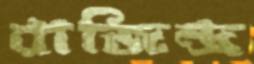
রাজিন্দ্র